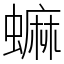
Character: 䗫